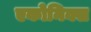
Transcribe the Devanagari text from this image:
एकोनिक्स